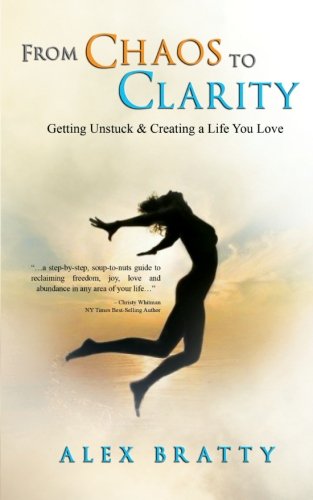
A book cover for From Chaos to Clarity: Getting Unstuck & Creating A Life You Love; Alex Bratty; Self-Help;